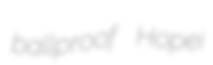
ballproof Hopei